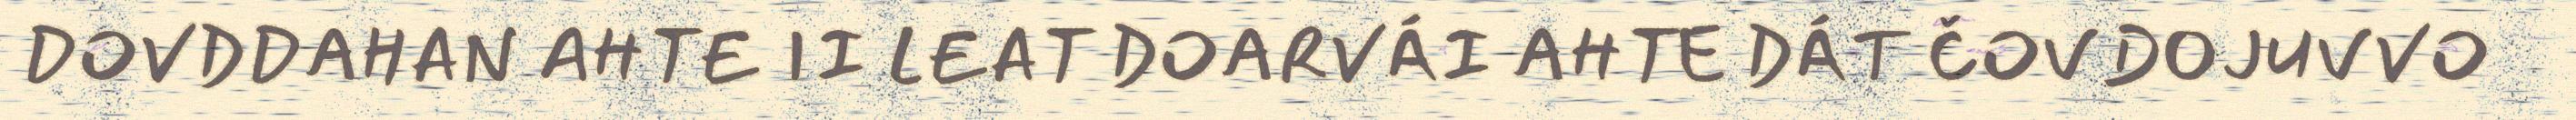
DOVDDAHAN AHTE II LEAT DOARVÁI AHTE DÁT ČOVDOJUVVO